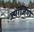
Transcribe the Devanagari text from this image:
ज्यॉर्जियो